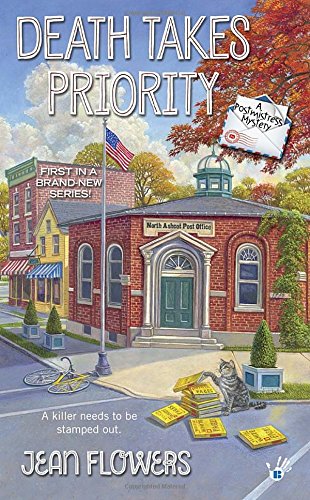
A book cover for Death Takes Priority: A Postmistress Mystery; Jean Flowers; Mystery, Thriller & Suspense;